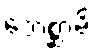
ဘေစ္ဆာမိ